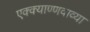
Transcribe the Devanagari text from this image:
एक्क्याण्णवाव्या